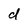
Character: d